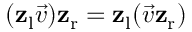
( \mathbf { z } _ { \mathrm { { l } } } { \vec { v } } ) \mathbf { z } _ { \mathrm { { r } } } = \mathbf { z } _ { \mathrm { { l } } } ( { \vec { v } } \mathbf { z } _ { \mathrm { { r } } } )